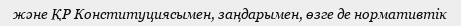
және ҚР Конституциясымен, заңдарымен, өзге де нормативтік